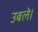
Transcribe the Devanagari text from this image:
उबले।